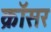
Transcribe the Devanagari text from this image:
क्रॉसर